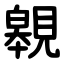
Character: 䚌